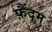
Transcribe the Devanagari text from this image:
फ़ैंदम